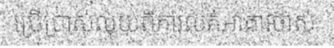
ប្រើប្រាស់លុយពីការលក់អាគារចាស់